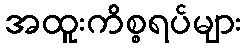
အထူးကိစ္စရပ်များ